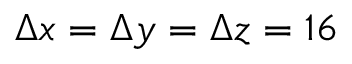
\Delta x = \Delta y = \Delta z = 1 6